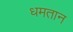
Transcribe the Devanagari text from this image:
धमतान